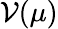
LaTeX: \mathcal V(\mu)